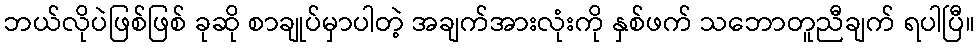
ဘယ်လိုပဲဖြစ်ဖြစ် ခုဆို စာချုပ်မှာပါတဲ့ အချက်အားလုံးကို နှစ်ဖက် သဘောတူညီချက် ရပါပြီ။